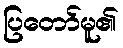
ပြတော်မူ၏